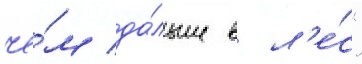
че́м да́льше в л'е́с"